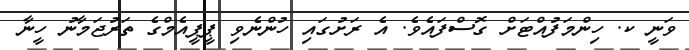
ވަނީ ކ. ހިންމަފުއްޓަށް ގޮސްފައެވެ. އެ ރަށުގައި ހުންނެވި ޕީޕީއެމްގެ ތަރުޖަމާނު ހީނާ